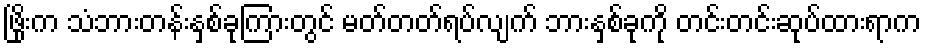
ဖြိုးက သံဘားတန်းနှစ်ခုကြားတွင် မတ်တတ်ရပ်လျက် ဘားနှစ်ခုကို တင်းတင်းဆုပ်ထားရာက